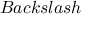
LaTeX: B a c k s l a s h \,